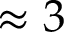
\approx 3